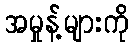
အမှုန့်များကို